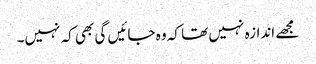
مجھے اندازہ نہیں تھا کہ وہ جائیں گی بھی کہ نہیں۔